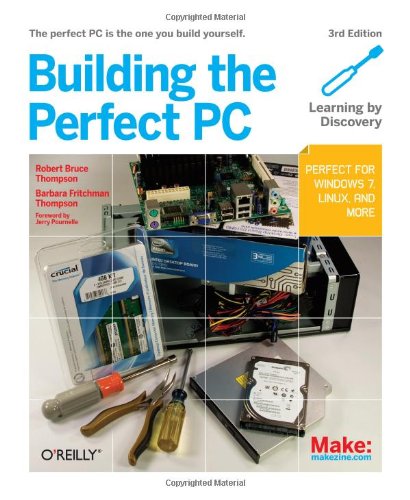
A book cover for Building the Perfect PC; Robert Bruce Thompson; Computers & Technology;